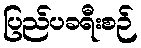
ပြည်ပခရီးစဉ်